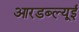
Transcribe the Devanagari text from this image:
आरडब्ल्यूई